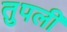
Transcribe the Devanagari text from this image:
तुपली